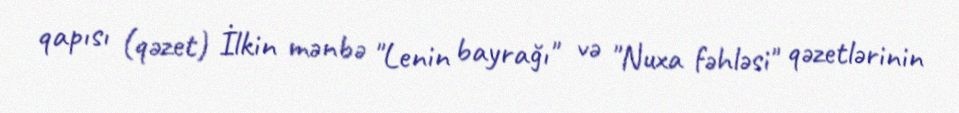
qapısı (qəzet) İlkin mənbə "Lenin bayrağı" və "Nuxa fəhləsi" qəzetlərinin